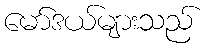
မော်ဒယ်များသည်